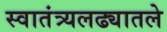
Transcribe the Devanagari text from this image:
स्वातंत्र्यलढ्यातले